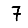
Digit: 7